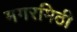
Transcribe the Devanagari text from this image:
मगरमिठी